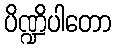
ပိဏ္ဍိပါတော